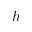
h